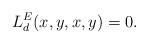
LaTeX: \begin{align*}L^E_d(x,y,x,y) = 0.\end{align*}